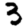
Digit: 3